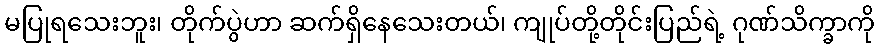
မပြုရသေးဘူး၊ တိုက်ပွဲဟာ ဆက်ရှိနေသေးတယ်၊ ကျုပ်တို့တိုင်းပြည်ရဲ့ ဂုဏ်သိက္ခာကို